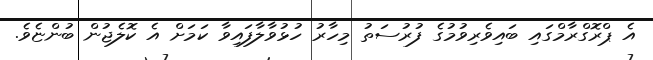
އެ ޕްރޮގްރާމްގައި ބައިވެރިވުމުގެ ފުރުސަތު މިހާރު ހުޅުވާލާފައިވާ ކަމަށް އެ ކޮލެޖުން ބުންޏެވެ.